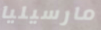
مارسيليا